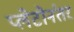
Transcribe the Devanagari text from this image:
प्लेटोनंतर